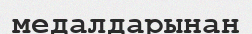
медалдарынан